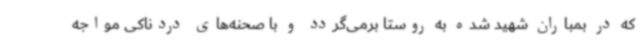
که در بمباران شهید شده به روستا برمی‌گردد و با صحنه‌های دردناکی مواجه